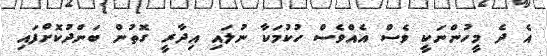
އެ ދެ މީހުންނަކީ ވެސް އެއްވެސް ހުކުމަކާ ނުލައި އިދާރީ ގޮތުން ބަންދުކޮށްފައި